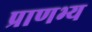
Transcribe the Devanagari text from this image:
प्राणभ्य